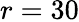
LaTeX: r=30